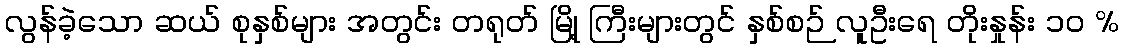
လွန်ခဲ့သော ဆယ် စုနှစ်များ အတွင်း တရုတ် မြို့ ကြီးများတွင် နှစ်စဉ် လူဦးရေ တိုးနှုန်း ၁၀ %